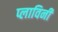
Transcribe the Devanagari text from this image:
प्लाविनी